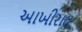
આખીરાત